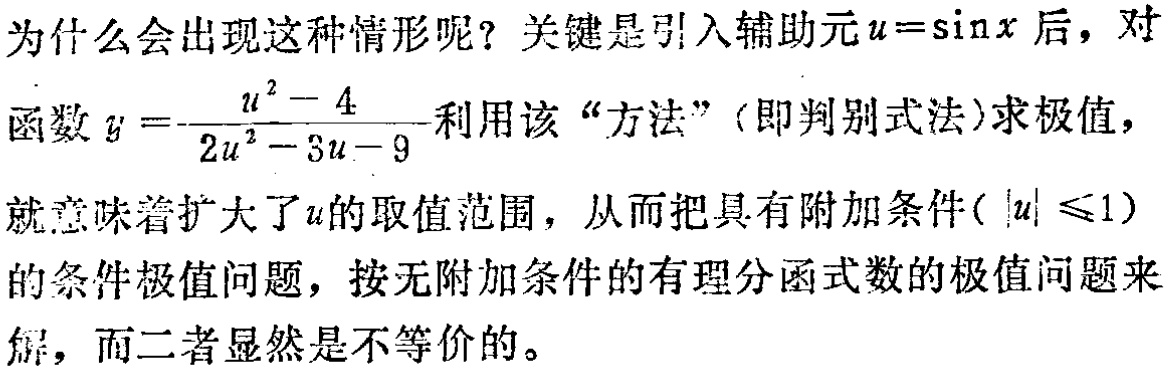
为什么会出现这种情形呢？关键是引入辅助元\(u = \sin x\)后，对

函数\(y = \frac{u^{2}-4}{2u^{2}-3u - 9}\)利用该“方法”（即判别式法）求极值，

就意味着扩大了\(u\)的取值范围，从而把具有附加条件(\(\vert u\vert\leqslant1\))

的条件极值问题，按无附加条件的有理分函式数的极值问题来

解，而二者显然是不等价的。